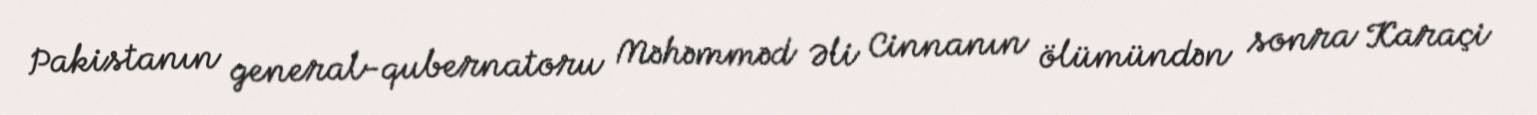
Pakistanın general-qubernatoru Məhəmməd Əli Cinnanın ölümündən sonra Karaçi